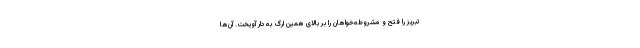
تبریز را فتح و مشروطه‌خواهان را بر بالای همین ارگ به دار آویخت. آن‌ها